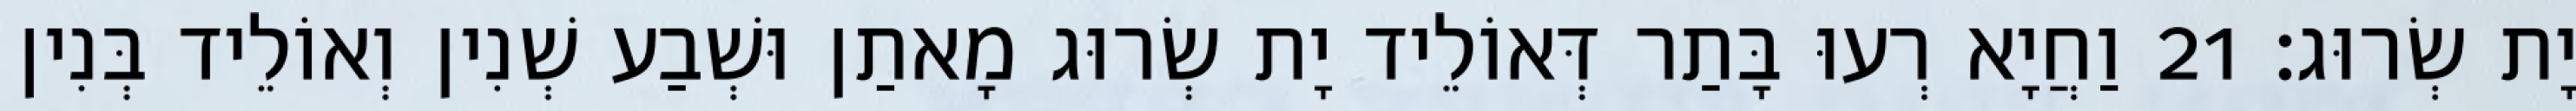
יָת שְׂרוּג׃ 21 וַחֲיָא רְעוּ בָּתַר דְּאוֹלֵיד יָת שְׂרוּג מָאתַן וּשְׁבַע שְׁנִין וְאוֹלֵיד בְּנִין